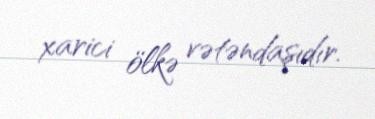
xarici ölkə vətəndaşıdır.